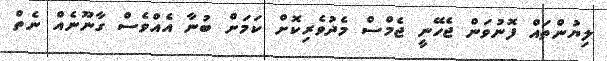
ލިޔުންތައް ފޮނުވަން ޖެހޭނީ ޖެމްސް މެދުވެރިކޮށް ކަމަށް ބުނާ އެއްވެސް ގާނޫނެއް ނެތް